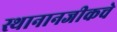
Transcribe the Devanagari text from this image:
स्थानानजीकचे